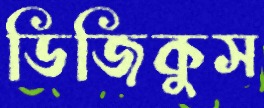
ডিজিকুস